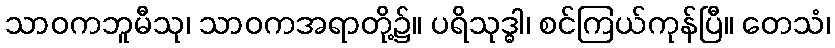
သာဝကဘူမီသု၊ သာဝကအရာတို့၌။ ပရိသုဒ္ဓါ၊ စင်ကြယ်ကုန်ပြီ။ တေသံ၊